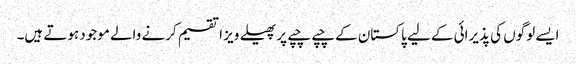
ایسے لوگوں کی پذیرائی کے لیے پاکستان کے چپے چپے پر پھیلے ویز ا تقسیم کرنے والے موجود ہوتے ہیں۔